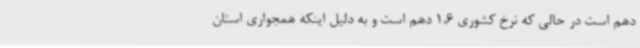
دهم است در حالی که نرخ کشوری 1،6 دهم است و به دلیل اینکه همجواری استان